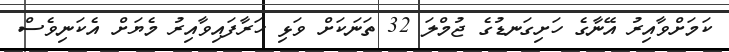
ކަމަށްވާއިރު އޭނާގެ ހަށިގަނޑުގެ ޖުމްލަ 32 ތަނަކަށް ވަޅި ހަރާފައިވާއިރު މެޔަށް އެކަނިވެސް